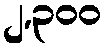
၂,၃၀၀